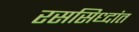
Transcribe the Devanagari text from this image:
रससिध्दांत